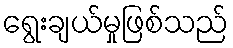
ရွေးချယ်မှုဖြစ်သည်